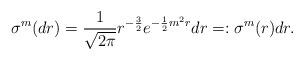
LaTeX: \begin{align*}\sigma^m(dr)&= \frac{1}{\sqrt{2\pi} } r^{-\frac{3}{2}}e^{-\frac{1}{2}m^2r}dr =:\sigma^m(r)dr. \end{align*}